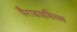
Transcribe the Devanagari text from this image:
पैराडाइसियस